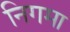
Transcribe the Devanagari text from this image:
निगमा